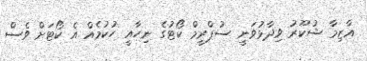
އާޒިމާ ޝުކޫރު ވިދާޅުވަނީ ސުޕްރީމް ކޯޓުގެ ނިހާއީ ހުކުމެއް އެ ކޯޓަށް ވެސް